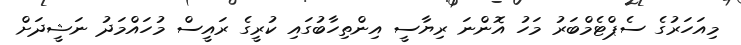
މިއަހަރުގެ ސެޕްޓެމްބަރު މަހު އޮންނަ ރިޔާސީ އިންތިހާބުގައި ކުރީގެ ރައީސް މުހައްމަދު ނަޝީދަށް